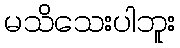
မသိသေးပါဘူး